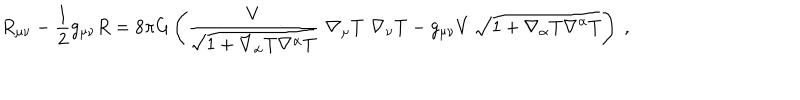
R _ { \mu \nu } - \frac { 1 } { 2 } g _ { \mu \nu } R = 8 \pi G \left( \frac { V } { \sqrt { 1 + \nabla _ { \alpha } T \nabla ^ { \alpha } T } } \, \, \nabla _ { \mu } T \, \, \nabla _ { \nu } T - g _ { \mu \nu } V \, \sqrt { 1 + \nabla _ { \alpha } T \nabla ^ { \alpha } T } \right) \ ,